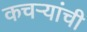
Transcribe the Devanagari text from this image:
कचऱ्यांची